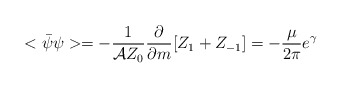
\begin{align*}<\bar{\psi}\psi> = -\frac{1}{{\cal A}Z_0} \frac{\partial}{\partial m}[Z_1+ Z_{-1}] =- \frac{\mu}{2\pi}e^{\gamma}\end{align*}